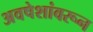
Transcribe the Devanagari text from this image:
अवषेशांवरून